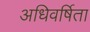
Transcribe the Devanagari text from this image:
अधिवर्षिता